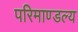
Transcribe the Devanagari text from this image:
परिमाण्डल्य